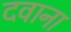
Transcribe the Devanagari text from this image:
दवाना